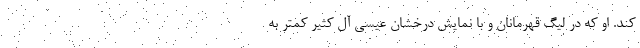
کند. او که در لیگ قهرمانان و با نمایش درخشان عیسی آل کثیر کمتر به